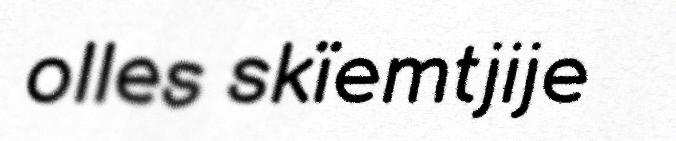
olles skïemtjije